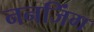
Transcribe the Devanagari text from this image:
ननजिंग